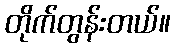
တိုက်တွန်းတယ်။